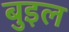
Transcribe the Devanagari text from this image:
बुइल